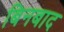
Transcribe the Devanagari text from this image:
बिनबाद